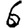
Digit: 6